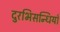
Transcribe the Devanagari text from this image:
दुरभिसन्धियाँ